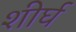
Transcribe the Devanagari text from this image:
शीर्घ